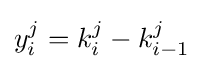
y_{i}^{j}=k_{i}^{j}-k_{i-1}^{j}